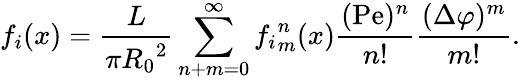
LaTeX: f_{i}(x)=\frac{L}{\pi{R_{0}}^{2}}\sum_{n+m=0}^{\infty}{f_{i}}_{m}^{n}(x)\frac{(\mathrm{Pe})^{n}}{n!}\frac{(\Delta\varphi)^{m}}{m!}.